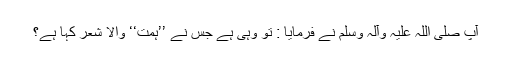
آپ صلی اللہ علیہ وآلہ وسلم نے فرمایا : تو وہی ہے جس نے ’’ہَمَّتْ‘‘ والا شعر کہا ہے؟